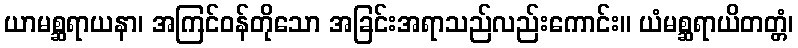
ယာမစ္ဆရာယနာ၊ အကြင်ဝန်တိုသော အခြင်းအရာသည်လည်းကောင်း။ ယံမစ္ဆရာယိတတ္တံ၊